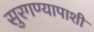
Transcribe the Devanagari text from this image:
सुरगण्यापाशी